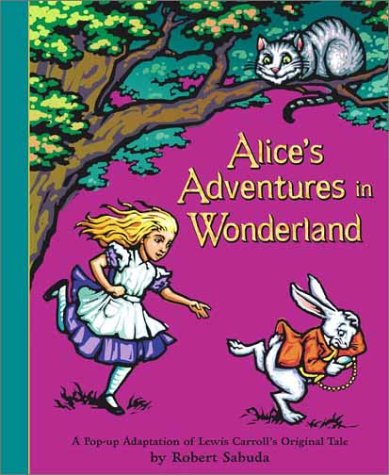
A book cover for Alice's Adventures in Wonderland: A Pop-up Adaptation; Lewis Carroll; Children's Books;